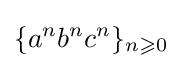
\{a^{n}b^{n}c^{n}\}_{n\geqslant 0}